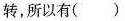
转，所以有（）